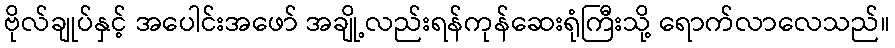
ဗိုလ်ချုပ်နှင့် အပေါင်းအဖော် အချို့လည်းရန်ကုန်ဆေးရုံကြီးသို့ ရောက်လာလေသည်။